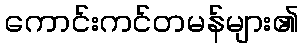
ကောင်းကင်တမန်များ၏